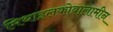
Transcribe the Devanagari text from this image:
मिथाइलकोबालामीन